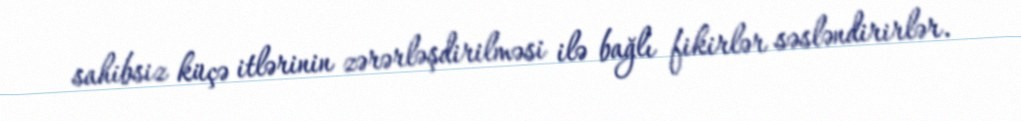
sahibsiz küçə itlərinin zərərləşdirilməsi ilə bağlı fikirlər səsləndirirlər.